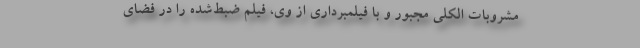
مشروبات الکلی مجبور و با فیلمبرداری از وی، فیلم ضبط‌شده را در فضای